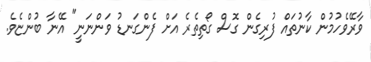
ވާރޭވެހުމުން ކާނުތައް ފުރިގެން ގޮސް ގޯތިތެރެ އަށް ފެންގަނޑު ވަންނަނީ" އޭނާ ބުންޏެވެ.